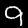
Label: 9